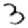
Digit: 3